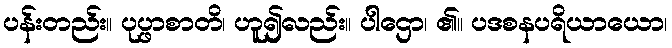
ပန်းတည်း။ ပုပ္ဖာစာတိ၊ ဟူ၍လည်း။ ပါဌော၊ ၏။ ပဒစနပရိယာယော၊